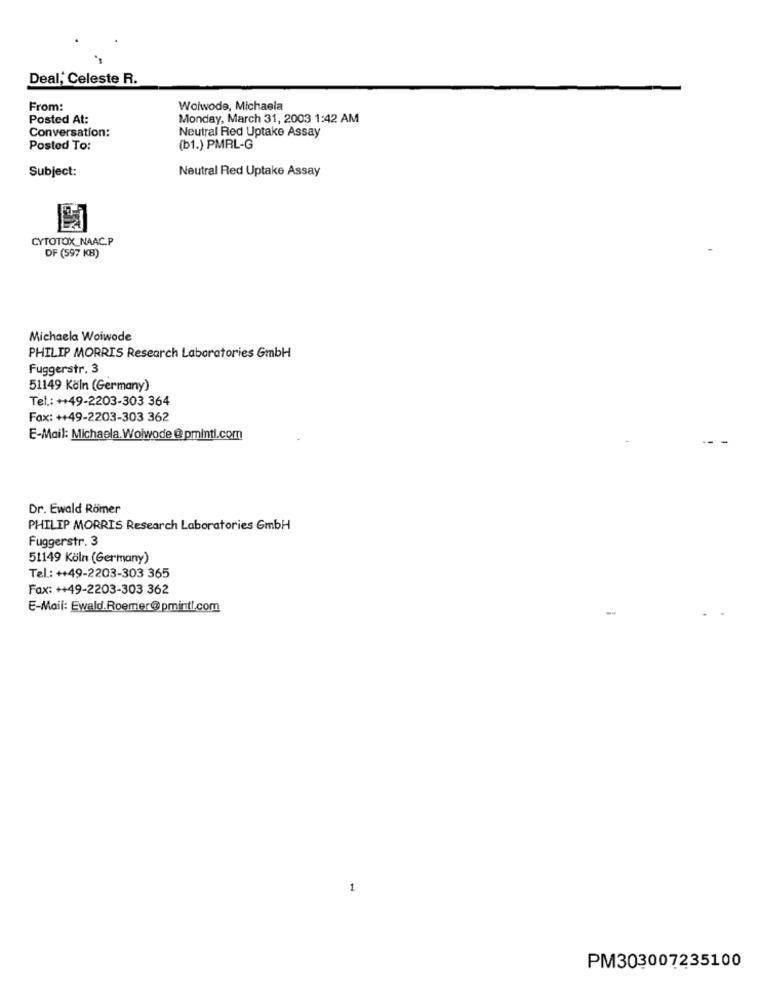
Deal, Celeste R.
From:
Woiwode, Michaela
Posted At:
Monday, March 31, 2003 1:42 AM
Conversation:
Neutral Red Uptake Assay
Posted To:
(b1.) PMRL-G
Subject:
Neutral Red Uptake Assay
CYTOTOX_NAAC.P
DF (597 KB)
Michaela Woiwode
PHILIP MORRIS Research Laboratories GmbH
Fuggerstr. 3
51149 Köln (Germany)
Tel .: ++49-2203-303 364
Fax: ++49-2203-303 362
E-Mail: Michaela.Woiwode @ pminti.com
Dr. Ewald Römer
PHILIP MORRIS Research Laboratories GmbH
Fuggerstr. 3
51149 Köln (Germany)
Tel .: ++49-2203-303 365
Fax: ++49-2203-303 362
E-Mail: Ewald.Roemer@pmintl.com
1
PM303007235100